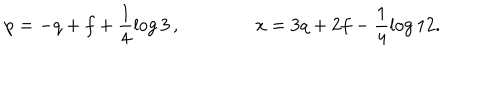
LaTeX: p = - q + f + \frac { 1 } { 4 } \log 3 \, , \qquad \qquad x = 3 q + 2 f - \frac { 1 } { 4 } \log 1 2 .